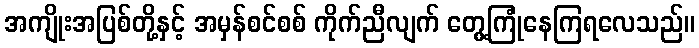
အကျိုးအပြစ်တို့နှင့် အမှန်စင်စစ် ကိုက်ညီလျက် တွေ့ကြုံနေကြရလေသည်။